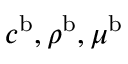
c ^ { \mathrm { b } } , \rho ^ { \mathrm { b } } , \mu ^ { \mathrm { b } }